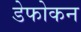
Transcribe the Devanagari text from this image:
डेफोकन